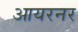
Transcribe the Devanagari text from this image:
आयरनर